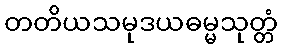
တတိယသမုဒယဓမ္မသုတ္တံ